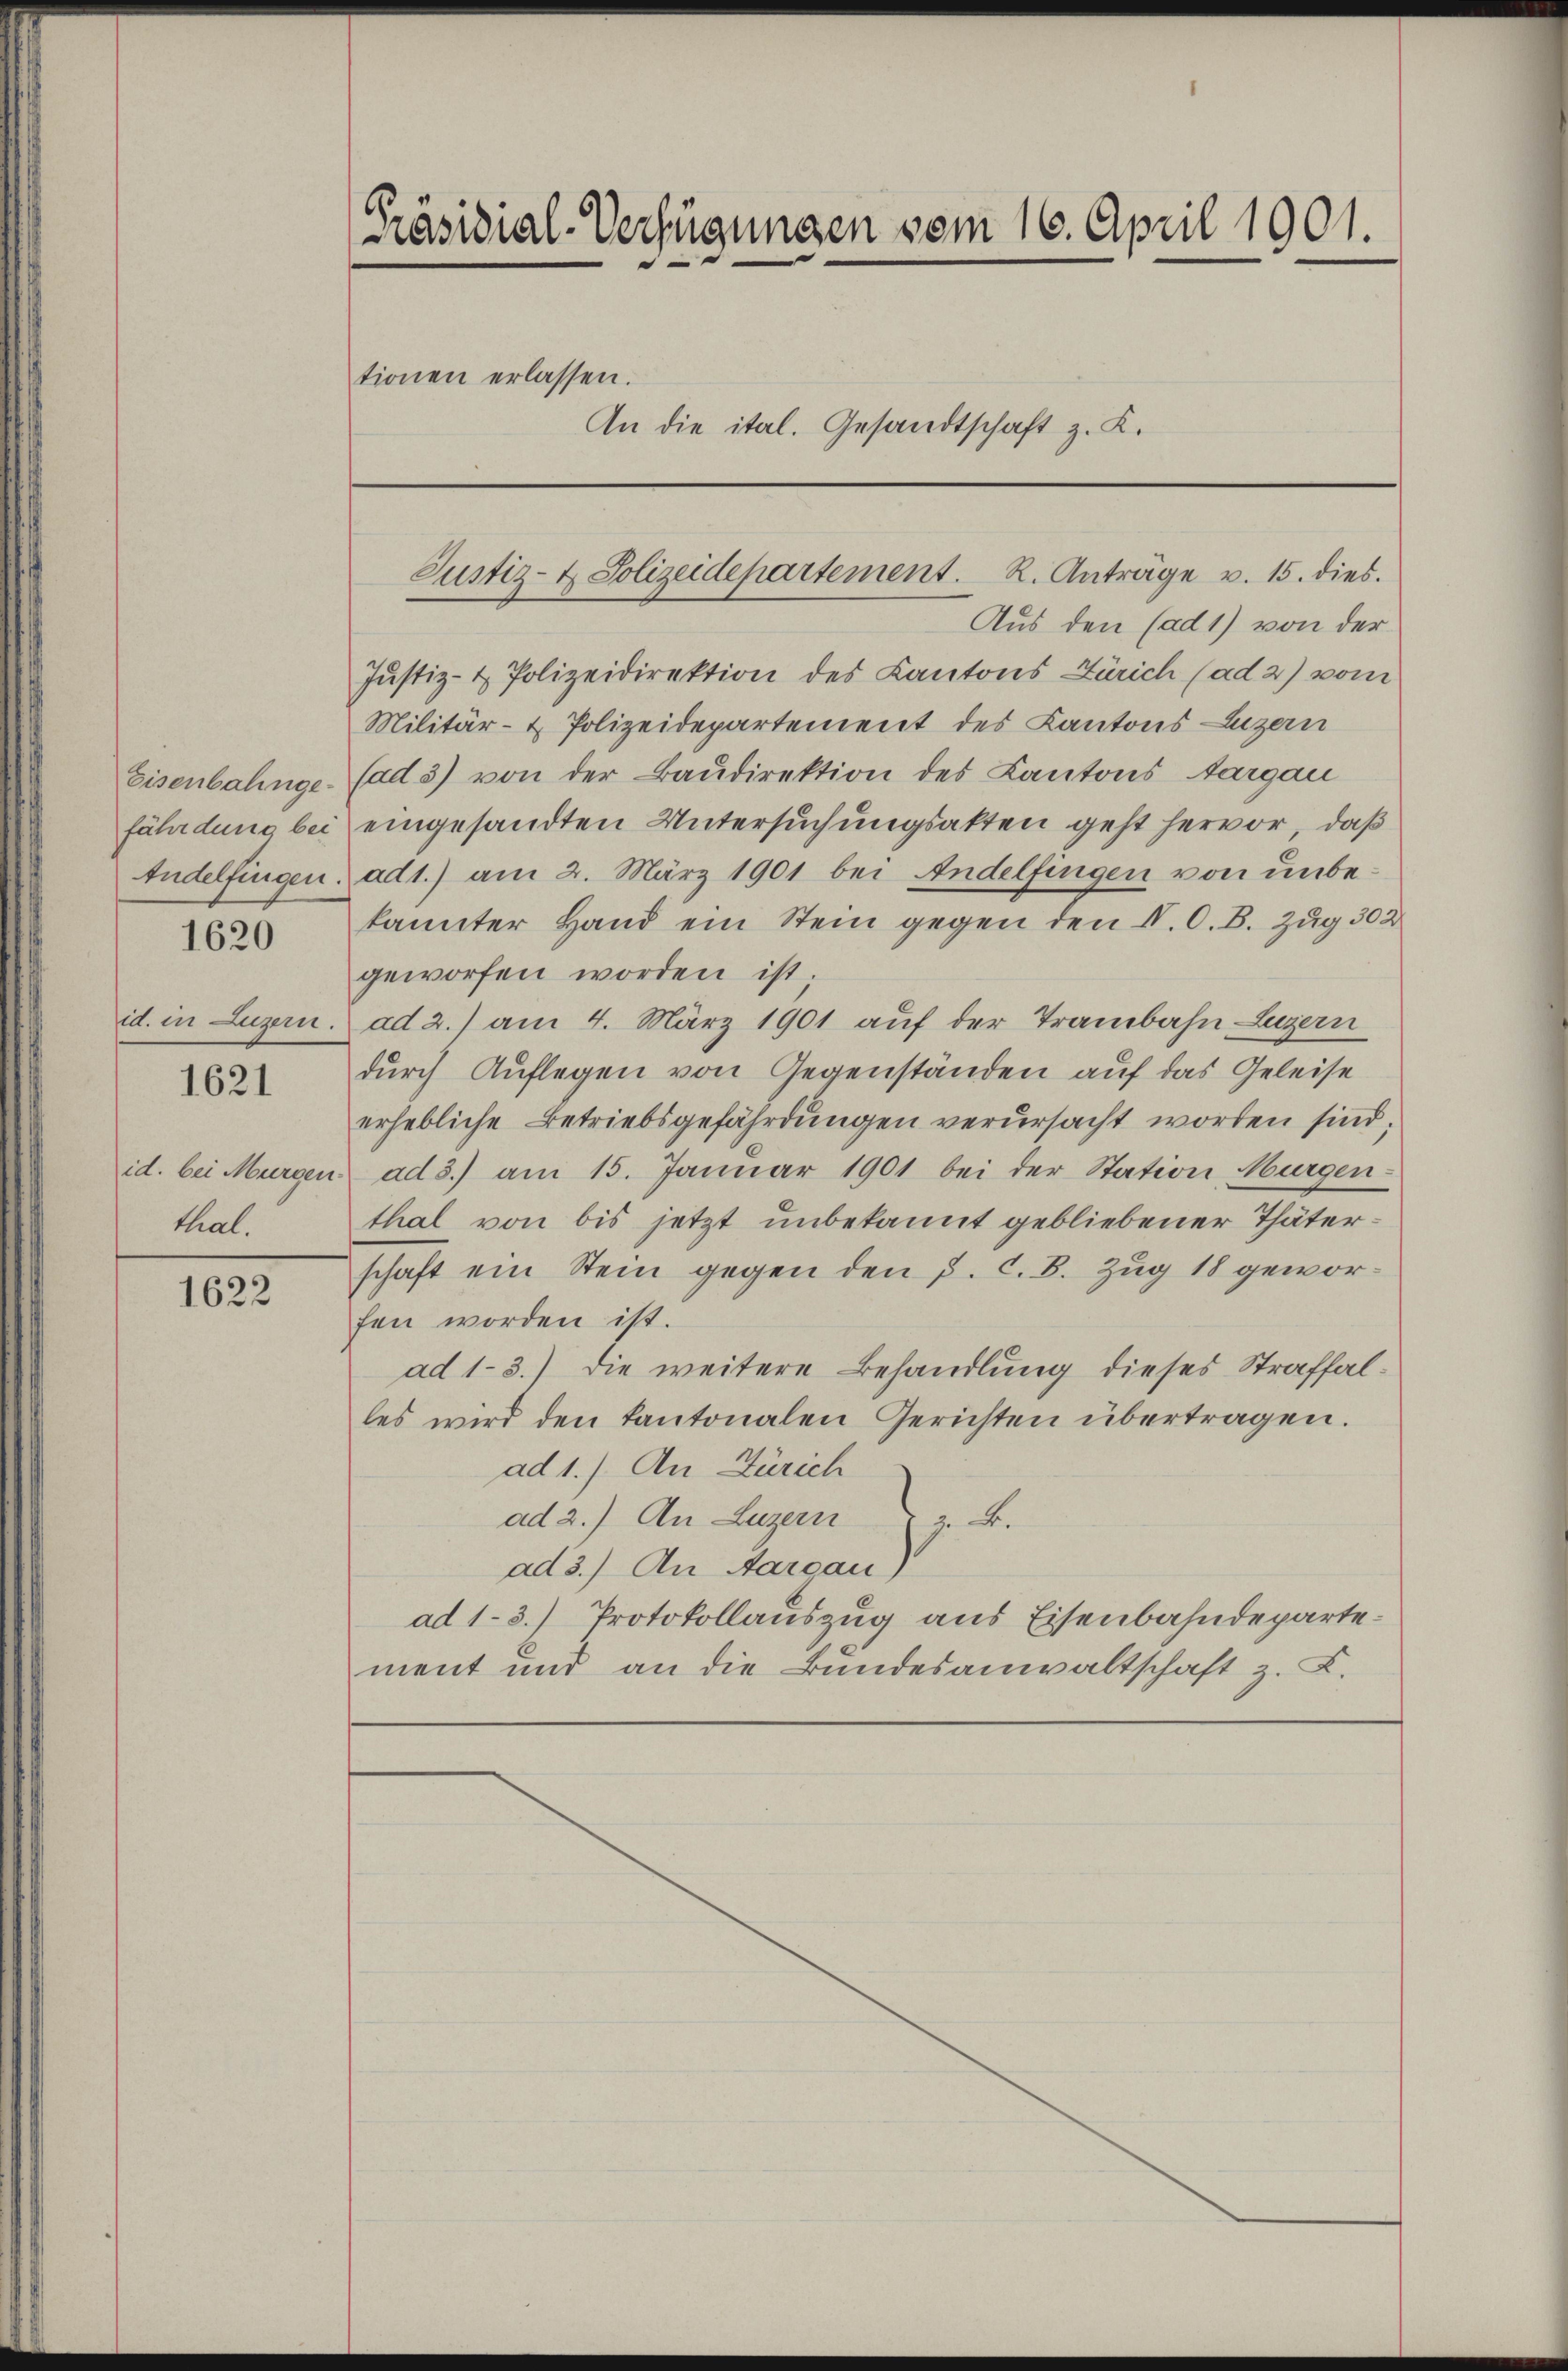
fährdung bei

1620

id. in Luzern.

1621

thal.

1622

[Präsidial-Verfügungen vom 16. April 1901.
tionen erlassen.
An die ital. Gesandtschaft z. K.

Aus den (ad 1) von der
Jŭstiz- & Polizeidirektion des Kantons Zürich (ad 2) vom
Militär- & Polizeidepartement des Kantons Luzern
Eisenbahnge- Cad 3) von der Baŭdirektion des Kantons Aargau
eingesandten Untersuchungsakten geht hervor, daß
Andelfingen. ad 1.) am 2. März 1901 bei Andelfingen von unbekannter Hand ein Stein gegen den IV. O. B. Zug 302
geworfen worden ist.
ad 2.) am 4. März 1901 auf der Trambahn Luzern
durch Auflegen von Gegenständen auf das Geleise
erhebliche Betriebsgefährdungen verursacht worden sind;
id. bei Morgen ad 3.) am 15. Janŭar 1901 bei der Station Murgen-
thal von bis jetzt unbekannt gebliebener Thäterschaft ein Stein gegen den 3. C. B. Zug 18 geworfen worden ist.
ad 1-3.) Die weitere Behandlung dieses Straffalles wird den Kantonalen Gerichten übertragen.
ad 1.) An Zürich
ad 2.) An Luzern z. B.
ad 3.) An Aargau)
ad 1-3.) Protokollauszug aus Eisenbahndepartement und an die Bundesanwaltschaft z. B.

Justiz- & Polizeidepartement. R. Anträge v. 15. dies.